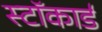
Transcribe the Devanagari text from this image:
स्टॉकार्ड